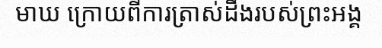
មាឃ ក្រោយពីការត្រាស់ដឹងរបស់ព្រះអង្គ